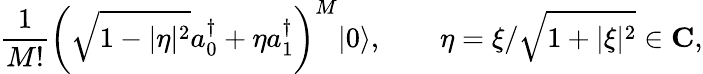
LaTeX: {\frac{1}{M!}}\left(\sqrt{1-|\eta|^{2}}a_{0}^{\dagger}+\eta a_{1}^{\dagger}\right)^{M}|0\rangle,\qquad\eta=\xi/\sqrt{1+|\xi|^{2}}\in\mathbf{C},